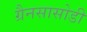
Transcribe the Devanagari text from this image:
ग्रैनसासोडी